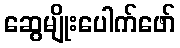
ဆွေမျိုးပေါက်ဖော်